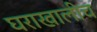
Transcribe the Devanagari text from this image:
घराखालीच